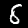
Label: 8